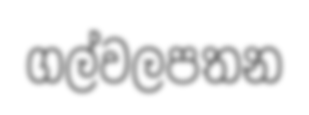
ගල්වලපතන